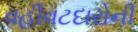
વહીવટદારોની